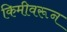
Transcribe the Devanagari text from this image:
किमीवरून